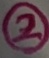
Text: 2